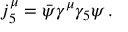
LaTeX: j _ { 5 } ^ { \mu } = \bar { \psi } \gamma ^ { \mu } \gamma _ { 5 } \psi \, .